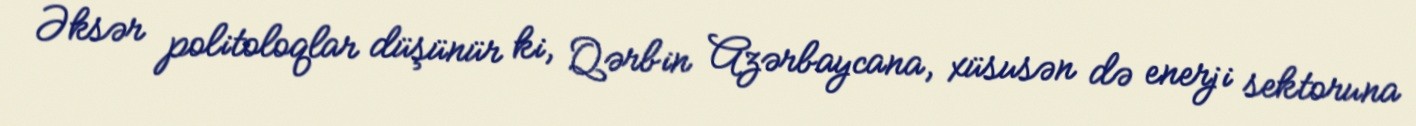
Əksər politoloqlar düşünür ki, Qərbin Azərbaycana, xüsusən də enerji sektoruna